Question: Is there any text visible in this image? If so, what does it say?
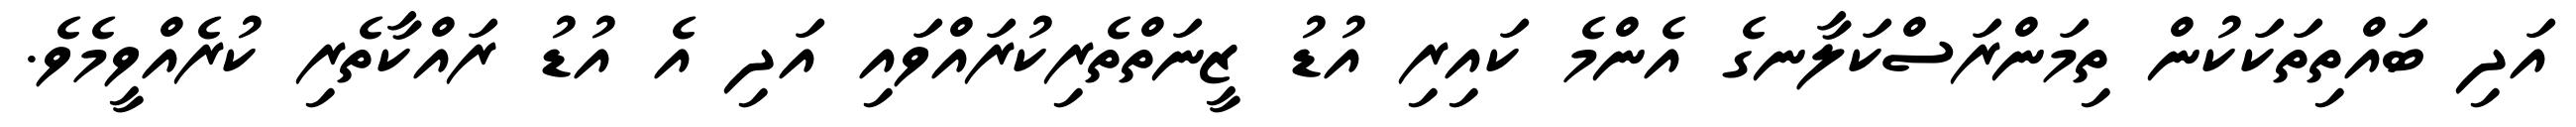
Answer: އަދި ބައްތިތަކަކުން ތިމަންރަސްކަލާނގެ އެންމެ ކައިރި އުޑު ޒީނަތްތެރިކުރައްވައި އަދި އެ އުޑު ރައްކާތެރި ކުރެއްވީމެވެ.